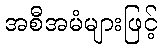
အစီအမံများဖြင့်